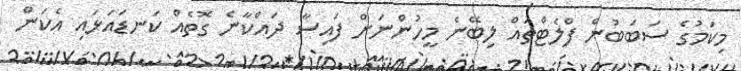
މިކަމުގެ ސަބަބުން ފްލެޓްތައް ލިބޭނެ މީހުންނަށް ފައިސާ ދައްކާނެ ގޮތެއް ކަނޑައަޅައި އެކަން